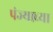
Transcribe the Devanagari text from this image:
पंज्याच्या